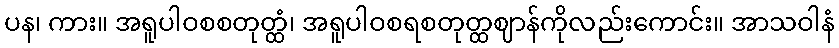
ပန၊ ကား။ အရူပါဝစစတုတ္ထံ၊ အရူပါဝစရစတုတ္ထဈာန်ကိုလည်းကောင်း။ အာသဝါနံ